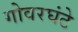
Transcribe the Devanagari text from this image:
गोवरघंटे